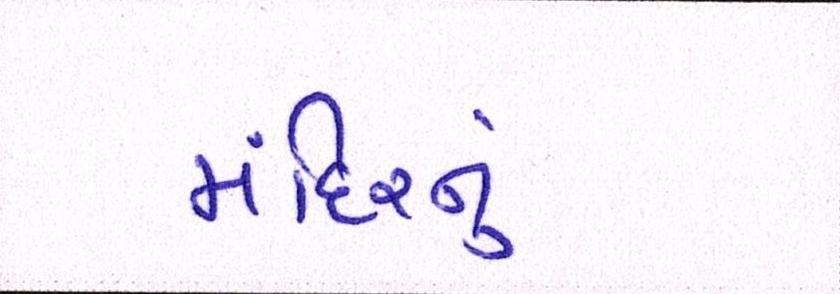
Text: મંદિરનું